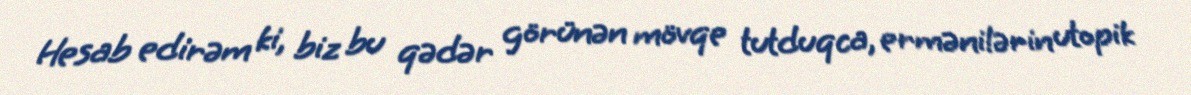
Hesab edirəm ki, biz bu qədər görünən mövqe tutduqca, ermənilərin utopik